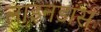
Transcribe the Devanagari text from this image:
लाइनडांस